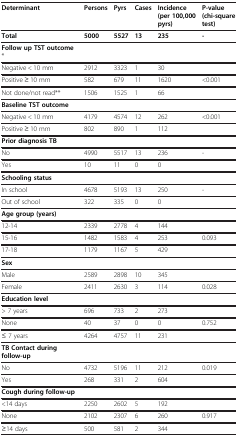
<table><thead><tr><td><b>Determinant</b></td><td><b>Persons</b></td><td><b>Pyrs</b></td><td><b>Cases</b></td><td><b>Incidence (per 100,000 pyrs)</b></td><td><b>P-value (chi-square test)</b></td></tr></thead><tbody><tr><td><b>Total</b></td><td><b>5000</b></td><td><b>5527</b></td><td><b>13</b></td><td><b>235</b></td><td><b>-</b></td></tr><tr><td><b>Follow up TST outcome</b> *</td><td> </td><td> </td><td> </td><td> </td><td> </td></tr><tr><td>Negative &lt; 10 mm</td><td>2912</td><td>3323</td><td>1</td><td>30</td><td> </td></tr><tr><td>Positive ≥ 10 mm</td><td>582</td><td>679</td><td>11</td><td>1620</td><td>&lt;0.001</td></tr><tr><td>Not done/not read**</td><td>1506</td><td>1525</td><td>1</td><td>66</td><td> </td></tr><tr><td><b>Baseline TST outcome</b></td><td> </td><td> </td><td> </td><td> </td><td> </td></tr><tr><td>Negative &lt; 10 mm</td><td>4179</td><td>4574</td><td>12</td><td>262</td><td>&lt;0.001</td></tr><tr><td>Positive ≥ 10 mm</td><td>802</td><td>890</td><td>1</td><td>112</td><td> </td></tr><tr><td><b>Prior diagnosis TB</b></td><td> </td><td> </td><td> </td><td> </td><td> </td></tr><tr><td>No</td><td>4990</td><td>5517</td><td>13</td><td>236</td><td>-</td></tr><tr><td>Yes</td><td>10</td><td>11</td><td>0</td><td>0</td><td> </td></tr><tr><td><b>Schooling status</b></td><td> </td><td> </td><td> </td><td> </td><td> </td></tr><tr><td>In school</td><td>4678</td><td>5193</td><td>13</td><td>250</td><td>-</td></tr><tr><td>Out of school</td><td>322</td><td>335</td><td>0</td><td>0</td><td> </td></tr><tr><td><b>Age group </b><b>(years)</b></td><td> </td><td> </td><td> </td><td> </td><td> </td></tr><tr><td>12-14</td><td>2339</td><td>2778</td><td>4</td><td>144</td><td> </td></tr><tr><td>15-16</td><td>1482</td><td>1583</td><td>4</td><td>253</td><td>0.093</td></tr><tr><td>17-18</td><td>1179</td><td>1167</td><td>5</td><td>429</td><td> </td></tr><tr><td><b>Sex</b></td><td> </td><td> </td><td> </td><td> </td><td> </td></tr><tr><td>Male</td><td>2589</td><td>2898</td><td>10</td><td>345</td><td> </td></tr><tr><td>Female</td><td>2411</td><td>2630</td><td>3</td><td>114</td><td>0.028</td></tr><tr><td><b>Education level</b></td><td> </td><td> </td><td> </td><td> </td><td> </td></tr><tr><td>&gt; 7 years</td><td>696</td><td>733</td><td>2</td><td>273</td><td> </td></tr><tr><td>None</td><td>40</td><td>37</td><td>0</td><td>0</td><td>0.752</td></tr><tr><td>≤ 7 years</td><td>4264</td><td>4757</td><td>11</td><td>231</td><td> </td></tr><tr><td><b>TB Contact during follow-up</b></td><td> </td><td> </td><td> </td><td> </td><td> </td></tr><tr><td>No</td><td>4732</td><td>5196</td><td>11</td><td>212</td><td>0.019</td></tr><tr><td>Yes</td><td>268</td><td>331</td><td>2</td><td>604</td><td> </td></tr><tr><td><b>Cough during follow-up</b></td><td> </td><td> </td><td> </td><td> </td><td> </td></tr><tr><td>&lt;14 days</td><td>2250</td><td>2602</td><td>5</td><td>192</td><td> </td></tr><tr><td>None</td><td>2102</td><td>2307</td><td>6</td><td>260</td><td>0.917</td></tr><tr><td>≥14 days</td><td>500</td><td>581</td><td>2</td><td>344</td><td> </td></tr></tbody></table>